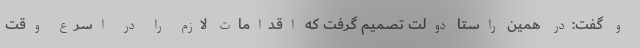
و گفت:در همین راستا دولت تصمیم گرفت که اقدامات لازم را در اسرع وقت